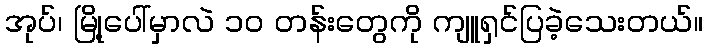
အုပ်၊ မြို့ပေါ်မှာလဲ ၁၀ တန်းတွေကို ကျူရှင်ပြခဲ့သေးတယ်။